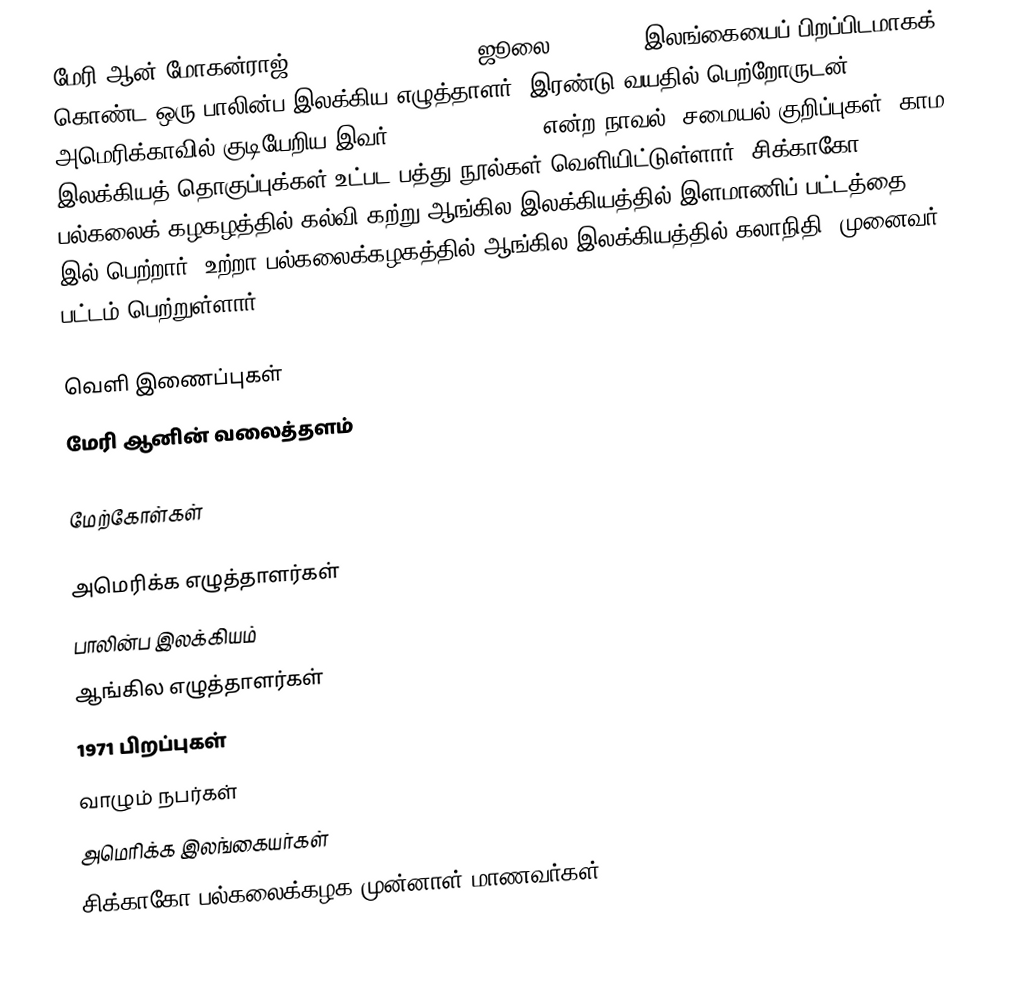
மேரி ஆன் மோகன்ராஜ் (Mary Anne Mohanraj, ஜூலை 26, 1971) இலங்கையைப் பிறப்பிடமாகக் கொண்ட ஒரு பாலின்ப இலக்கிய எழுத்தாளர். இரண்டு வயதில் பெற்றோருடன் அமெரிக்காவில் குடியேறிய இவர் Bodies in Motion என்ற நாவல், சமையல் குறிப்புகள், காம இலக்கியத் தொகுப்புக்கள் உட்பட பத்து நூல்கள் வெளியிட்டுள்ளார். சிக்காகோ பல்கலைக் கழகழத்தில் கல்வி கற்று ஆங்கில இலக்கியத்தில் இளமாணிப் பட்டத்தை 1993 இல் பெற்றார். உற்றா பல்கலைக்கழகத்தில் ஆங்கில இலக்கியத்தில் கலாநிதி (முனைவர்) பட்டம் பெற்றுள்ளார்.

வெளி இணைப்புகள்
 மேரி ஆனின் வலைத்தளம்

மேற்கோள்கள்

அமெரிக்க எழுத்தாளர்கள்
பாலின்ப இலக்கியம்
ஆங்கில எழுத்தாளர்கள்
1971 பிறப்புகள்
வாழும் நபர்கள்
அமெரிக்க இலங்கையர்கள்
சிக்காகோ பல்கலைக்கழக முன்னாள் மாணவர்கள்